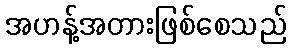
အဟန့်အတားဖြစ်စေသည်